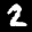
Label: 2